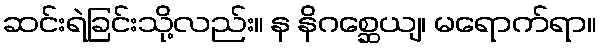
ဆင်းရဲခြင်းသို့လည်း။ န နိဂစ္ဆေယျ၊ မရောက်ရာ။